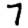
Digit: 7